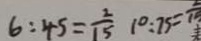
6 : 4 5 = \frac { 2 } { 1 5 } 1 0 : 7 5 = \frac { 2 } { 1 5 }